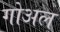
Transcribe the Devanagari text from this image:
गोअल